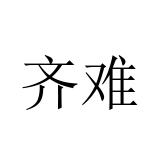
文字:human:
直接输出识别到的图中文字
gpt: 齐难